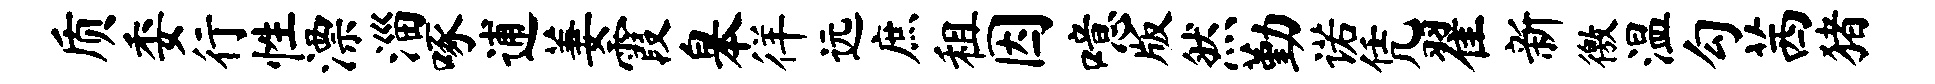
质委行性漂淄啄逋萋霞皋徉远庶租因噫版然勤诺凭翟新徼温勾茜猪